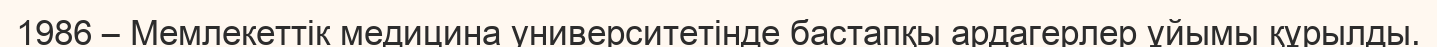
1986 – Мемлекеттік медицина университетінде бастапқы ардагерлер ұйымы құрылды.